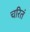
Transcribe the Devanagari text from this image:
चरितं